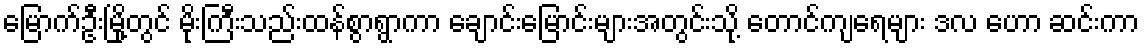
မြောက်ဦးမြို့တွင် မိုးကြီးသည်းထန်စွာရွာကာ ချောင်းမြောင်းများအတွင်းသို့ တောင်ကျရေများ ဒလ ဟော ဆင်းကာ